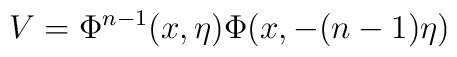
V=\Phi^{n-1}(x,\eta)\Phi(x,-(n-1)\eta)